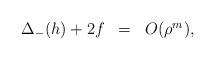
LaTeX: \begin{align*}\begin{array}{rcl}\Delta_-(h)+2f&=&O(\rho^m),\end{array}\end{align*}